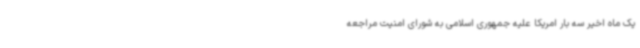
یک ماه اخیر سه بار امریکا علیه جمهوری اسلامی به شورای امنیت مراجعه